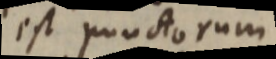
est punctorum